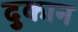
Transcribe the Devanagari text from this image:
दुकान